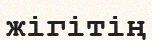
жігітің